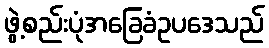
ဖွဲ့စည်းပုံအခြေခံဥပဒေသည်